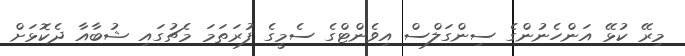
މިރޭ ކުޅޭ އަންހެނުންގެ ސިންގަލްސް އިވެންޓްގެ ސެމީގެ ފުރަތަމަ މެޗުގައި ޝުބާއާ ދެކޮޅަށް